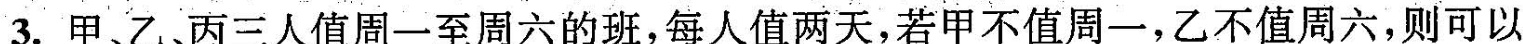
3.甲、乙、丙三人值周一至周六的班，每人值两天，若甲不值周一，乙不值周六，则可以